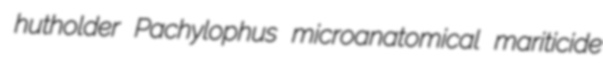
hutholder Pachylophus microanatomical mariticide